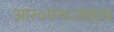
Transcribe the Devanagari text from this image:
आर०एन०सहाय